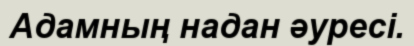
Адамның надан әуресі.